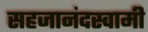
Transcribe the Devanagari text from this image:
सहजानंदस्वामी